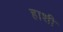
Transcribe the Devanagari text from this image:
हाशी